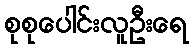
စုစုပေါင်းလူဦးရေ